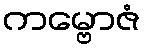
ကမ္ဗောဇံ